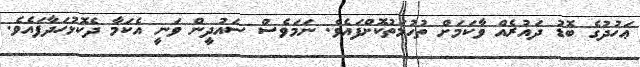
ޢަހުދުގެ ބޮޑު ދައުރެއް ވާކަމަށް ތުހުމަތުކޮށްފައެވެ. ނަމަވެސް ސައުދީން ވަނީ އެކަމާ ދެކޮޅުހަދާފައެވެ.